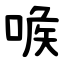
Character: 㗋